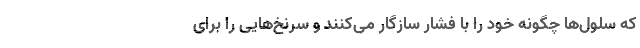
که سلول‌ها چگونه خود را با فشار سازگار می‌کنند و سرنخ‌هایی را برای